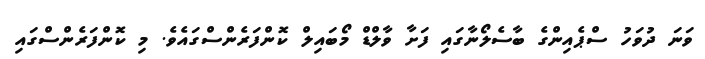
ވަނަ ދުވަހު ސްޕެއިންގެ ބާސެލޯނާގައި ފަށާ ވާލްޑް މޯބައިލް ކޮންފަރެންސްގައެވެ. މި ކޮންފަރެންސްގައި